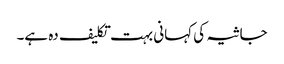
جاثیہ کی کہانی بہت تکلیف دہ ہے۔